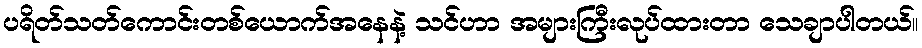
ပရိတ်သတ်ကောင်းတစ်ယောက်အနေနဲ့ သင်ဟာ အများကြီးလုပ်ထားတာ သေချာပါတယ်။